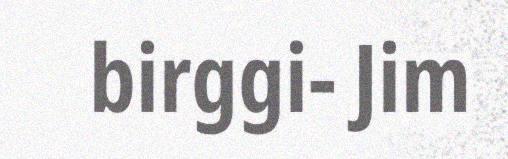
birggi- Jim